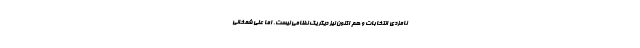
نامزدی انتخابات و هم اکنون نیز دیگر یک نظامی نیست. اما علی شمخانی